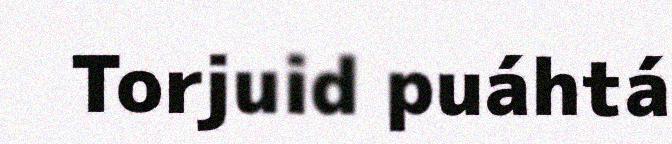
Torjuid puáhtá